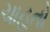
ચાહતો